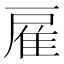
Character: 雇